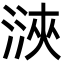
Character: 㴺